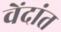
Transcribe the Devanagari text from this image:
वेंदांत